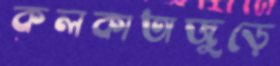
কলকাতাজুড়ে